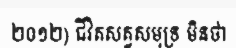
២០១២) ជីវិតសត្វសមុទ្រ មិនថា